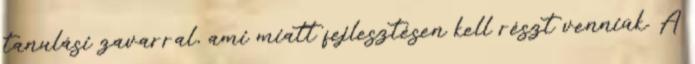
tanulási zavarral, ami miatt fejlesztésen kell részt venniük. A